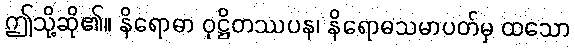
ဤသို့ဆို၏။ နိရောဓာ ဝုဋ္ဌိတဿပန၊ နိရောဓသမာပတ်မှ ထသော